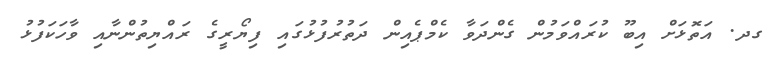
ގދ. އަތޮޅަށް އިބޫ ކުރައްވަމުން ގެންދަވާ ކެމްޕެއިން ދަތުރުފުޅުގައި ފިޔޯރީގެ ރައްޔިތުންނާއި ވާހަކަފުޅު